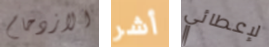
الازدحام أشر لإعطائي